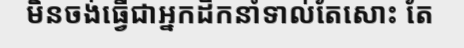
មិនចង់ធ្វើជាអ្នកដឹកនាំទាល់តែសោះ តែ